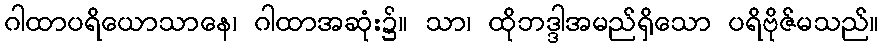
ဂါထာပရိယောသာနေ၊ ဂါထာအဆုံး၌။ သာ၊ ထိုဘဒ္ဒါအမည်ရှိသော ပရိဗိုဇ်မသည်။